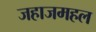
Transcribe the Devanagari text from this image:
जहाजमहल